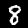
Digit: 8